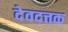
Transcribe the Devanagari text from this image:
देवदत्तक